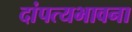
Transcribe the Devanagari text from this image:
दांपत्यभावना